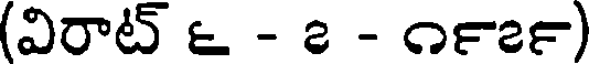
(విరాట్ ౬ - ౭ - ౧౯౭౯)